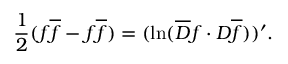
{ \frac { 1 } { 2 } } ( f \overline { { f } } - \l { f } { } \l { \overline { { f } } } { } ) = ( \ln ( \overline { { D } } f \cdot D \l { \overline { { f } } } { } ) ) ^ { \prime } .